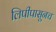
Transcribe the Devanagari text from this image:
लिपीपासूनच